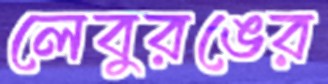
লেবুরঙের